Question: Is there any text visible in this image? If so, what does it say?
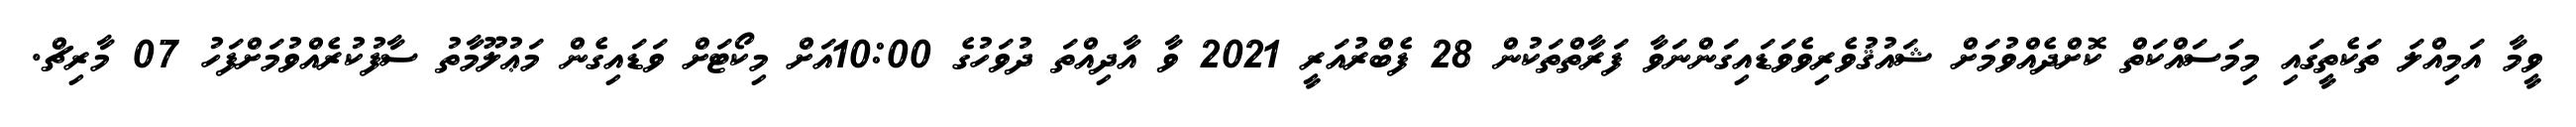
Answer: ވީމާ އަމިއްލަ ތަކެތީގައި މިމަސައްކަތް ކޮށްދެއްވުމަށް ޝައުޤުވެރިވެވަޑައިގަންނަވާ ފަރާތްތަކުން 28 ފެބްރުއަރީ 2021 ވާ އާދިއްތަ ދުވަހުގެ 10:00އަށް މިކޯޓަށް ވަޑައިގެން މަޢުލޫމާތު ސާފުކުރެއްވުމަށްފަހު 07 މާރިޗް.